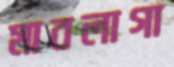
মাবলাগা